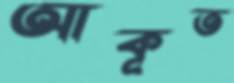
আকূত